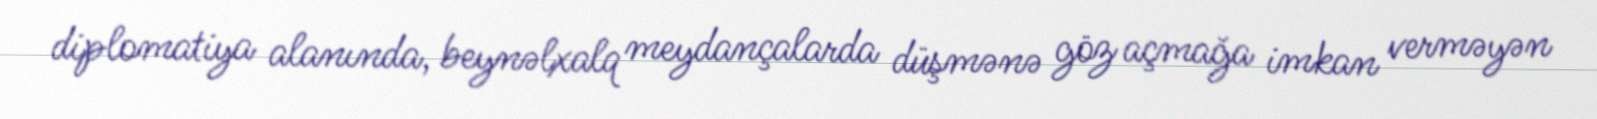
diplomatiya alanında, beynəlxalq meydançalarda düşmənə göz açmağa imkan verməyən